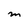
Character: M